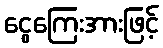
ငွေကြေးအားဖြင့်